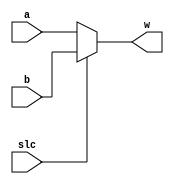
module Mux2to1(slc, a, b, w);
    parameter N = 32;
    
    input slc;
    input [N-1:0] a, b;

    output [N-1:0] w;
    
    assign w = ~slc ? a : b;

endmodule